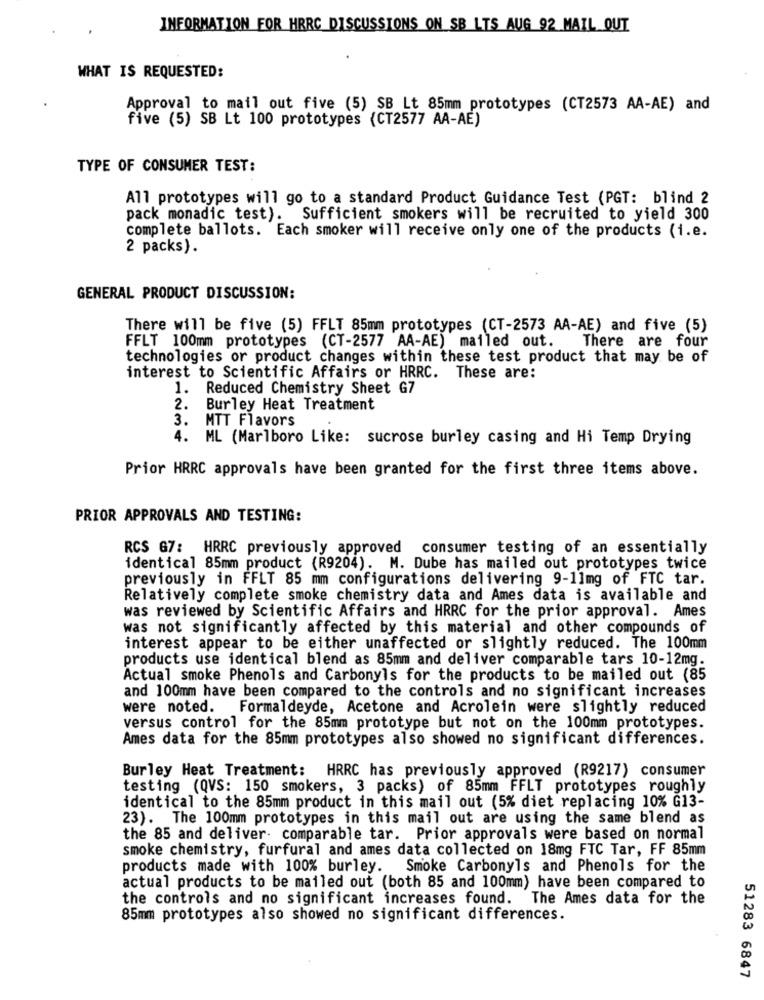
INFORMATION FOR HERC DISCUSSIONS ON SB LTS AUG 92 MAIL QUI
WHAT IS REQUESTED:
Approval to mail out five (5) SB Lt 85mm prototypes (CT2573 AA-AE) and
five (5) SB Lt 100 prototypes (CT2577 AA-AE)
TYPE OF CONSUMER TEST:
All prototypes will go to a standard Product Guidance Test (PGT: blind 2
pack monadic test). Sufficient smokers will be recruited to yield 300
complete ballots. Each smoker will receive only one of the products (i.e.
2 packs).
GENERAL PRODUCT DISCUSSION:
There will be five (5) FFLT 85mm prototypes (CT-2573 AA-AE) and five (5)
FFLT 100mm prototypes (CT-2577 AA-AE) mailed out. There are four
technologies or product changes within these test product that may be of
interest to Scientific Affairs or HRRC. These are:
1. Reduced Chemistry Sheet G7
2.
Burley Heat Treatment
3.
MTT Flavors
4. ML (Marlboro Like: sucrose burley casing and Hi Temp Drying
Prior HRRC approvals have been granted for the first three items above.
PRIOR APPROVALS AND TESTING:
RCS 67: HRRC previously approved consumer testing of an essentially
identical 85mm product (R9204). M. Dube has mailed out prototypes twice
previously in FFLT 85 mm configurations delivering 9-11mg of FTC tar.
Relatively complete smoke chemistry data and Ames data is available and
was reviewed by Scientific Affairs and HRRC for the prior approval. Ames
was not significantly affected by this material and other compounds of
interest appear to be either unaffected or slightly reduced. The 100mm
products use identical blend as 85mm and deliver comparable tars 10-12mg.
Actual smoke Phenols and Carbonyls for the products to be mailed out (85
and 100mm have been compared to the controls and no significant increases
were noted. Formaldeyde, Acetone and Acrolein were slightly reduced
versus control for the 85mm prototype but not on the 100mm prototypes.
Ames data for the 85mm prototypes also showed no significant differences.
Burley Heat Treatment:
HRRC has previously approved (R9217) consumer
testing (QVS: 150 smokers, 3 packs) of 85mm FFLT prototypes roughly
identical to the 85mm product in this mail out (5% diet replacing 10% G13-
23). The 100mm prototypes in this mail out are using the same blend as
the 85 and deliver- comparable tar. Prior approvals were based on normal
smoke chemistry, furfural and ames data collected on 18mg FTC Tar, FF 85mm
products made with 100% burley. Smoke Carbonyls and Phenols for the
actual products to be mailed out (both 85 and 100mm) have been compared to
the controls and no significant increases found. The Ames data for the
85mm prototypes also showed no significant differences.
51283 6847